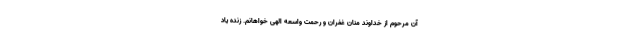
آن مرحوم از خداوند منان غفران و رحمت واسعه الهی خواهانم. زنده یاد